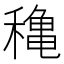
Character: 穐